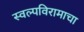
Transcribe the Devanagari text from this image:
स्वल्पविरामाचा